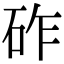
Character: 砟